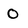
Character: 0